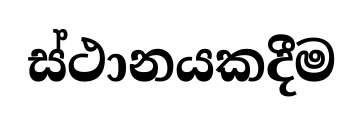
ස්ථානයකදීම